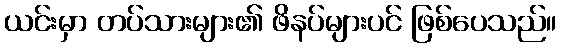
ယင်းမှာ တပ်သားများ၏ ဖိနပ်များပင် ဖြစ်ပေသည်။